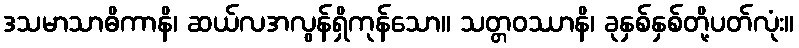
ဒသမာသာဓိကာနိ၊ ဆယ်လအလွန်ရှိကုန်သော။ သတ္တဝဿာနိ၊ ခုနှစ်နှစ်တို့ပတ်လုံး။